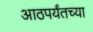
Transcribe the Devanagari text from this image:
आठपर्यंतच्या